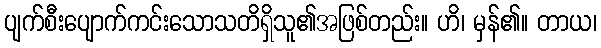
ပျက်စီးပျောက်ကင်းသောသတိရှိသူ၏အဖြစ်တည်း။ ဟိ၊ မှန်၏။ တာယ၊